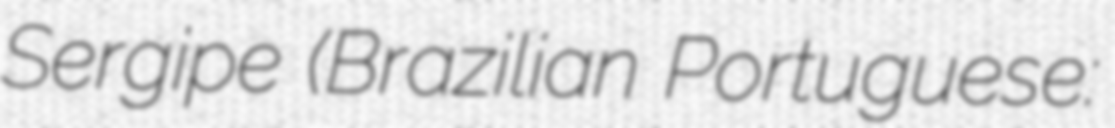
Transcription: Sergipe (Brazilian Portuguese: